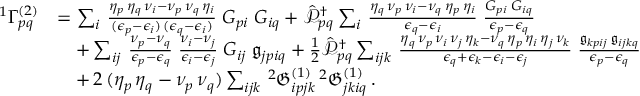
\begin{array} { r l } { { ^ { 1 } { \Gamma } _ { p q } ^ { ( 2 ) } } } & { = \sum _ { i } \, \frac { \eta _ { p } \, \eta _ { q } \, \nu _ { i } - \nu _ { p } \, \nu _ { q } \, \eta _ { i } } { ( \epsilon _ { p } - \epsilon _ { i } ) \, ( \epsilon _ { q } - \epsilon _ { i } ) } \; G _ { p i } \; G _ { i q } + \mathcal { \hat { P } } _ { p q } ^ { \dagger } \sum _ { i } \, \frac { \eta _ { q } \, \nu _ { p } \, \nu _ { i } - \nu _ { q } \, \eta _ { p } \, \eta _ { i } } { \epsilon _ { q } - \epsilon _ { i } } \; \frac { G _ { p i } \; G _ { i q } } { \epsilon _ { p } - \epsilon _ { q } } } \\ & { \quad + \sum _ { i j } \, \frac { \nu _ { p } - \nu _ { q } } { \epsilon _ { p } - \epsilon _ { q } } \; \frac { \nu _ { i } - \nu _ { j } } { \epsilon _ { i } - \epsilon _ { j } } \; G _ { i j } \; \mathfrak { g } _ { j p i q } + \frac { 1 } { 2 } \mathcal { \hat { P } } _ { p q } ^ { \dagger } \sum _ { i j k } \, \frac { \eta _ { q } \, \nu _ { p } \, \nu _ { i } \, \nu _ { j } \, \eta _ { k } - \nu _ { q } \, \eta _ { p } \, \eta _ { i } \, \eta _ { j } \, \nu _ { k } } { \epsilon _ { q } + \epsilon _ { k } - \epsilon _ { i } - \epsilon _ { j } } \; \frac { \mathfrak { g } _ { k p i j } \; \mathfrak { g } _ { i j k q } } { \epsilon _ { p } - \epsilon _ { q } } } \\ & { \quad + \, 2 \, ( \eta _ { p } \, \eta _ { q } - \nu _ { p } \, \nu _ { q } ) \sum _ { i j k } \, { ^ { 2 } { \mathfrak { G } } _ { i p j k } ^ { ( 1 ) } } \, { ^ { 2 } { \mathfrak { G } } _ { j k i q } ^ { ( 1 ) } } \, . } \end{array}